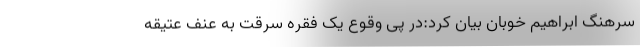
سرهنگ ابراهیم خوبان بیان کرد:در پی وقوع یک فقره سرقت به عنف عتیقه